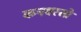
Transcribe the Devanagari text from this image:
कनवरसो